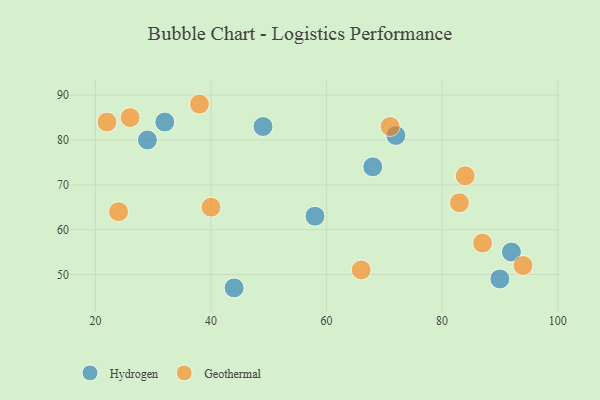
{"axis": {"x": "GDP", "y": "Life Expectancy"}, "legend": ["Geothermal", "Hydrogen"], "data": [{"x": "72", "y": 81, "type": "Hydrogen"}, {"x": "49", "y": 83, "type": "Hydrogen"}, {"x": "58", "y": 63, "type": "Hydrogen"}, {"x": "44", "y": 47, "type": "Hydrogen"}, {"x": "92", "y": 55, "type": "Hydrogen"}, {"x": "32", "y": 84, "type": "Hydrogen"}, {"x": "90", "y": 49, "type": "Hydrogen"}, {"x": "29", "y": 80, "type": "Hydrogen"}, {"x": "68", "y": 74, "type": "Hydrogen"}, {"x": "71", "y": 83, "type": "Geothermal"}, {"x": "94", "y": 52, "type": "Geothermal"}, {"x": "22", "y": 84, "type": "Geothermal"}, {"x": "38", "y": 88, "type": "Geothermal"}, {"x": "26", "y": 85, "type": "Geothermal"}, {"x": "24", "y": 64, "type": "Geothermal"}, {"x": "84", "y": 72, "type": "Geothermal"}, {"x": "40", "y": 65, "type": "Geothermal"}, {"x": "87", "y": 57, "type": "Geothermal"}, {"x": "83", "y": 66, "type": "Geothermal"}, {"x": "66", "y": 51, "type": "Geothermal"}]}